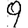
Digit: 9